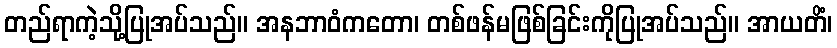
တည်ရာကဲ့သို့ပြုအပ်သည်။ အနဘာဝံကတော၊ တစ်ဖန်မဖြစ်ခြင်းကိုပြုအပ်သည်။ အာယတိံ၊